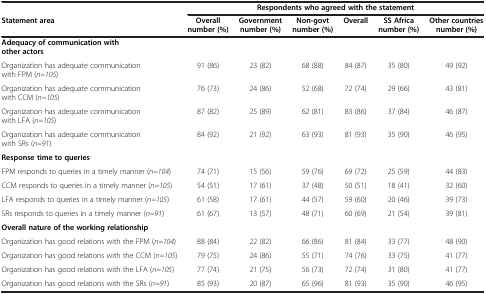
<table><thead><tr><td><b> </b></td><td colspan="6"><b>Respondents who agreed with the statement</b></td></tr><tr><td><b>Statement area</b></td><td><b>Overall number (%)</b></td><td><b>Government number (%)</b></td><td><b>Non-govt number (%)</b></td><td><b>Overall</b></td><td><b>SS Africa number (%)</b></td><td><b>Other countries number (%)</b></td></tr></thead><tbody><tr><td><b>Adequacy of communication with other actors</b></td><td> </td><td> </td><td> </td><td> </td><td> </td><td> </td></tr><tr><td>Organization has adequate communication with FPM (<i>n=105</i>)</td><td>91 (86)</td><td>23 (82)</td><td>68 (88)</td><td>84 (87)</td><td>35 (80)</td><td>49 (92)</td></tr><tr><td>Organization has adequate communication with CCM (<i>n=105</i>)</td><td>76 (73)</td><td>24 (86)</td><td>52 (68)</td><td>72 (74)</td><td>29 (66)</td><td>43 (81)</td></tr><tr><td>Organization has adequate communication with LFA (<i>n=105</i>)</td><td>87 (82)</td><td>25 (89)</td><td>62 (81)</td><td>83 (86)</td><td>37 (84)</td><td>46 (87)</td></tr><tr><td>Organization has adequate communication with SRs (<i>n=91</i>)</td><td>84 (92)</td><td>21 (92)</td><td>63 (93)</td><td>81 (93)</td><td>35 (90)</td><td>46 (95)</td></tr><tr><td><b>Response time to queries</b></td><td> </td><td> </td><td> </td><td> </td><td> </td><td> </td></tr><tr><td>FPM responds to queries in a timely manner (<i>n=104</i>)</td><td>74 (71)</td><td>15 (56)</td><td>59 (76)</td><td>69 (72)</td><td>25 (59)</td><td>44 (83)</td></tr><tr><td>CCM responds to queries in a timely manner (<i>n=105</i>)</td><td>54 (51)</td><td>17 (61)</td><td>37 (48)</td><td>50 (51)</td><td>18 (41)</td><td>32 (60)</td></tr><tr><td>LFA responds to queries in a timely manner (<i>n=105</i>)</td><td>61 (58)</td><td>17 (61)</td><td>44 (57)</td><td>59 (60)</td><td>20 (46)</td><td>39 (73)</td></tr><tr><td>SRs responds to queries in a timely manner (<i>n=91</i>)</td><td>61 (67)</td><td>13 (57)</td><td>48 (71)</td><td>60 (69)</td><td>21 (54)</td><td>39 (81)</td></tr><tr><td><b>Overall nature of the working relationship</b></td><td> </td><td> </td><td> </td><td> </td><td> </td><td> </td></tr><tr><td>Organization has good relations with the FPM (<i>n=104</i>)</td><td>88 (84)</td><td>22 (82)</td><td>66 (86)</td><td>81 (84)</td><td>33 (77)</td><td>48 (90)</td></tr><tr><td>Organization has good relations with the CCM (<i>n=105</i>)</td><td>79 (75)</td><td>24 (86)</td><td>55 (71)</td><td>74 (76)</td><td>33 (75)</td><td>41 (77)</td></tr><tr><td>Organization has good relations with the LFA (<i>n=105</i>)</td><td>77 (74)</td><td>21 (75)</td><td>56 (73)</td><td>72 (74)</td><td>31 (80)</td><td>41 (77)</td></tr><tr><td>Organization has good relations with the SRs (<i>n=91</i>)</td><td>85 (93)</td><td>20 (87)</td><td>65 (96)</td><td>81 (93)</td><td>35 (90)</td><td>46 (95)</td></tr></tbody></table>